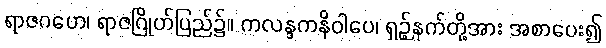
ရာဇဂဟေ၊ ရာဇဂြိုဟ်ပြည်၌။ ကလန္ဒကနိဝါပေ၊ ရှဉ့်နက်တို့အား အစာပေး၍